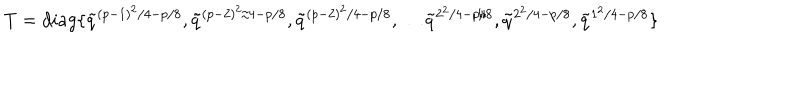
T = d i a g \{ \tilde { q } ^ { ( p - 1 ) ^ { 2 } / 4 - p / 8 } , \tilde { q } ^ { ( p - 2 ) ^ { 2 } / 4 - p / 8 } , \tilde { q } ^ { ( p - 2 ) ^ { 2 } / 4 - p / 8 } , \ldots \tilde { q } ^ { 2 ^ { 2 } / 4 - p / 8 } , \tilde { q } ^ { 2 ^ { 2 } / 4 - p / 8 } , \tilde { q } ^ { 1 ^ { 2 } / 4 - p / 8 } \}